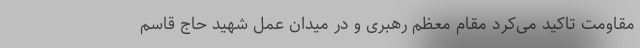
مقاومت تاکید می‌کرد مقام معظم رهبری و در میدان عمل شهید حاج قاسم